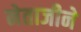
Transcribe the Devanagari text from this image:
नेताजीने